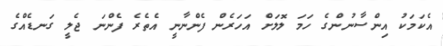
އެކަމަކު އިންސާނުންގެ ހަމަ ލޮލަށް އަހަރެން ފެންނާނީ އެތެރެ ފެންނަ ޖެލީ ގަނޑެއްގެ